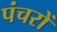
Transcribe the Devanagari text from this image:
पंचरों